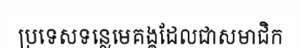
ប្រទេសទន្លេមេគង្គដែលជាសមាជិក